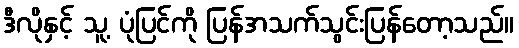
ဒီလိုနှင့် သူ့ ပုံပြင်ကို ပြန်အသက်သွင်းပြန်တော့သည်။